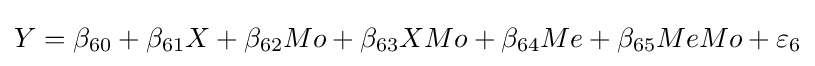
Y=\beta _{60}+\beta _{61}X+\beta _{62}Mo+\beta _{63}XMo+\beta _{64}Me+\beta _{65}MeMo+\varepsilon _{6}